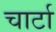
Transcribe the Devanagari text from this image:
चार्टा